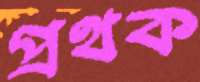
প্রথক